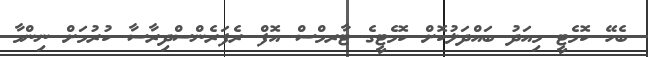
ބެހޭ ކޮމެޓީ މިއަދު ބައްދަލުކޮށް ކޮމެޓީގެ ޓާރމްސް އޮފް ރެފަރެންސްދިރާސާ ކުރުމަށް ނިންމާ